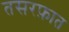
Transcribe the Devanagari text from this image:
तसरफ़ात